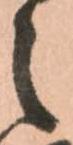
之